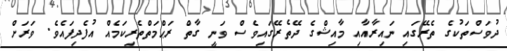
ދުވަސްތަކުގެ ތެރޭގައި ނައިރާއާއި މާއިޝްގެ ދޭތެރޭގައިވެސް ވަނީ ގާތް ރަޙްމަތްތެރިކަމެއް އުފެދިފައެވެ. ވަރަށް